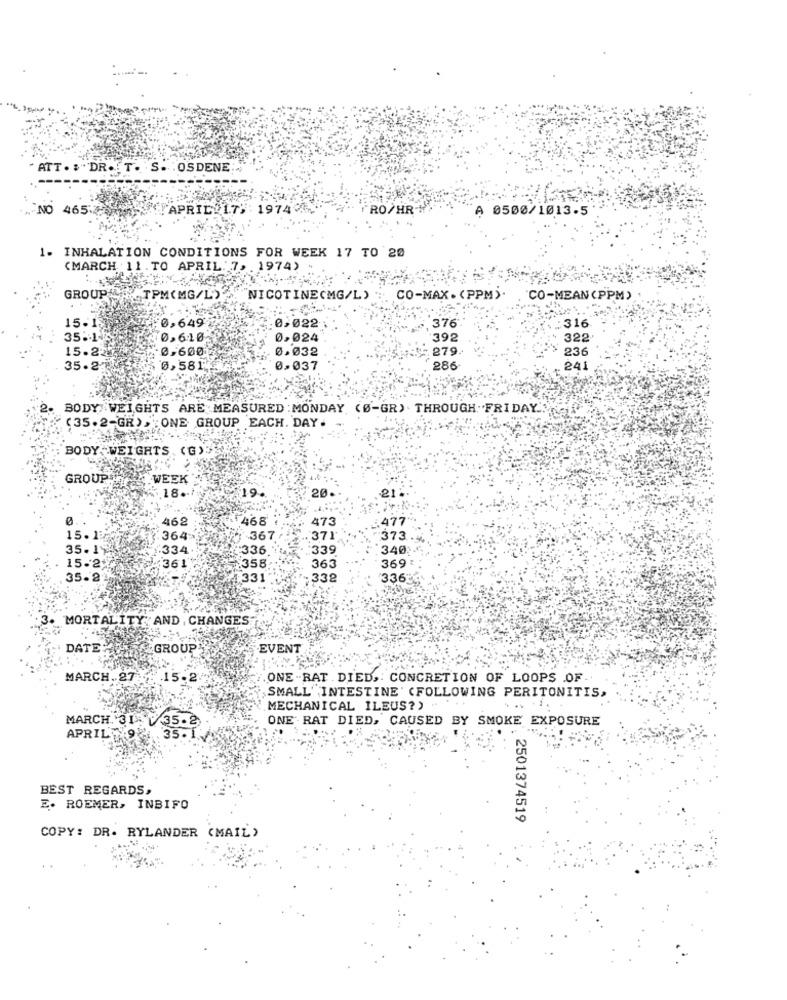
ATT
. : DR .. T. S. . OSDENE ..
NO 465
'APRIL 17; : 197406
TRO/HR-
A 0500/1013.5
1- INHALATION CONDITIONS FOR WEEK 17 TO 20
(MARCH 11 . TO APRIL. 7, . 1974)
GROUPE, TPM(MG/L)
"NICOTINE(MG/L).
CO-MAX. (PPM).
'CO-MEAN (PPM)
15.
0,649
0,022
376
316
35 .- 1-
0,610
0,024
392
322
15.2.
0,600
0.032
279.
236
35.25
0,581
0.037
286
241
BODY WEIGHTS ARE MEASURED : MONDAY (Ø-GR) THROUGH FRIDAY"
(35.2-GR), : ONE GROUP EACH. DAY
BODY "WEIGHTS
GROUP,
WEEK
18 ..
19
20
0.
462
468
473
477
15.1
364-
367
371
373
35. 1
334
336
339
340
361"
369
15-2
.358
363
35.2
331
. 332
336
MORTALITY:AND , CHANGES
DATE:
GROUP
EVENT
MARCH.27
.15.2
ONE -RAT . DIED ,: CONCRETION OF LOOPS .OF
SMALL INTESTINE' (FOLLOWING PERITONITIS,
MECHANICAL ILEUS?)
ONE RAT DIED, CAUSED BY SMOKE EXPOSURE
MARCH. 319: 35.2
APRILWS
35. 1.
BEST REGARDS,
E. ROEMER, INBIFO
2501374519
COPY: DR. RYLANDER (MAIL)